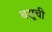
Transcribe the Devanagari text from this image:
बसूंची